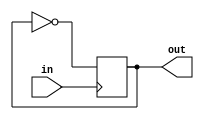
module clockDiv(in, out);
input in;
output reg out = 0;
always @(posedge in) out = ~out;
endmodule